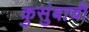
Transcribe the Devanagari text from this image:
कुसुंबाची